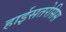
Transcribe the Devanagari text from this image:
हाईसतरेसिस